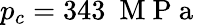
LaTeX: p_{c}=343~\mathrm{~M~P~a~}